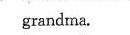
grandma.